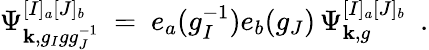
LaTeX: \Psi_{\mathbf{k},g_{I}gg_{J}^{-1}}^{[I]_{a}[J]_{b}}\ =\ e_{a}(g_{I}^{-1})e_{b}(g_{J})\, \Psi_{\mathbf{k},g}^{[I]_{a}[J]_{b}}\ \ .